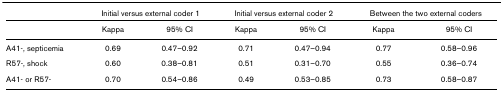
<table><thead><tr><td></td><td colspan="2"><b>Initial versus external coder 1</b></td><td colspan="2"><b>Initial versus external coder 2</b></td><td colspan="2"><b>Between the two external coders</b></td></tr></thead><tbody><tr><td></td><td>Kappa</td><td>95% CI</td><td>Kappa</td><td>95% CI</td><td>Kappa</td><td>95% CI</td></tr><tr><td>A41-, septicemia</td><td>0.69</td><td>0.47–0.92</td><td>0.71</td><td>0.47–0.94</td><td>0.77</td><td>0.58–0.96</td></tr><tr><td>R57-, shock</td><td>0.60</td><td>0.38–0.81</td><td>0.51</td><td>0.31–0.70</td><td>0.55</td><td>0.36–0.74</td></tr><tr><td>A41- or R57-</td><td>0.70</td><td>0.54–0.86</td><td>0.49</td><td>0.53–0.85</td><td>0.73</td><td>0.58–0.87</td></tr></tbody></table>